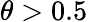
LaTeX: \theta>0.5